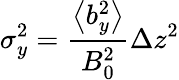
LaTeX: \sigma_{y}^{2}=\frac{\left\langle b_{y}^{2}\right\rangle}{B_{0}^{2}}\Delta z^{2}